Indian journal of veterinary science and animal husbandry - Volume 5,
Year: 1935
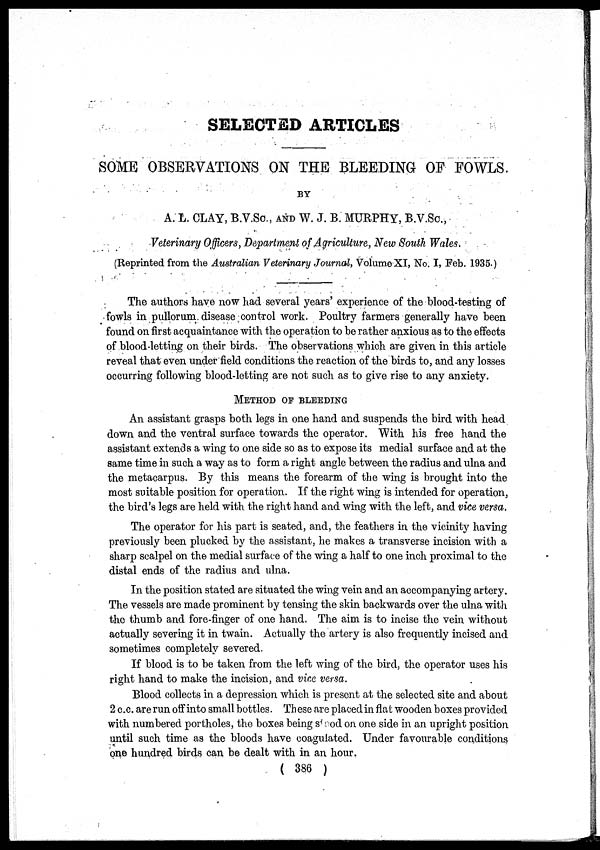
SELECTED ARTICLES
SOME OBSERVATIONS ON THE BLEEDING OF FOWLS.
BY
A. L. CLAY, B.V.SC., AND W. J. B. MURPHY, B.V.SC.,
Veterinary Officers, Department of Agriculture, New South Wales.
(Reprinted from the Australian Veterinary Journal, Volume XI, No. I, Feb. 1935.)
The authors have now had several years' experience of the blood-testing of
fowls in pullorum disease control work. Poultry farmers generally have been
found on first acquaintance with the operation to be rather anxious as to the effects
of blood-letting on their birds. The observations which are given in this article
reveal that even under field conditions the reaction of the birds to, and any losses
occurring following blood-letting are not such as to give rise to any anxiety.
METHOD OF BLEEDING
An assistant grasps both legs in one hand and suspends the bird with head
down and the ventral surface towards the operator. With his free hand the
assistant extends a wing to one side so as to expose its medial surface and at the
same time in such a way as to form a right angle between the radius and ulna and
the metacarpus. By this means the forearm of the wing is brought into the
most suitable position for operation. If the right wing is intended for operation,
the bird's legs are held with the right hand and wing with the left, and vice versa.
The operator for his part is seated, and, the feathers in the vicinity having
previously been plucked by the assistant, he makes a transverse incision with a
sharp scalpel on the medial surface of the wing a half to one inch proximal to the
distal ends of the radius and ulna.
In the position stated are situated the wing vein and an accompanying artery.
The vessels are made prominent by tensing the skin backwards over the ulna with
the thumb and fore-finger of one hand. The aim is to incise the vein without
actually severing it in twain. Actually the artery is also frequently incised and
sometimes completely severed.
If blood is to be taken from the left wing of the bird, the operator uses his
right hand to make the incision, and vice versa.
Blood collects in a depression which is present at the selected site and about
2 c.c. are run off into small bottles. These are placed in flat wooden boxes provided
with numbered portholes, the boxes being stood on one side in an upright position
until such time as the bloods have coagulated. Under favourable conditions
one hundred birds can be dealt with in an hour.
( 386 )